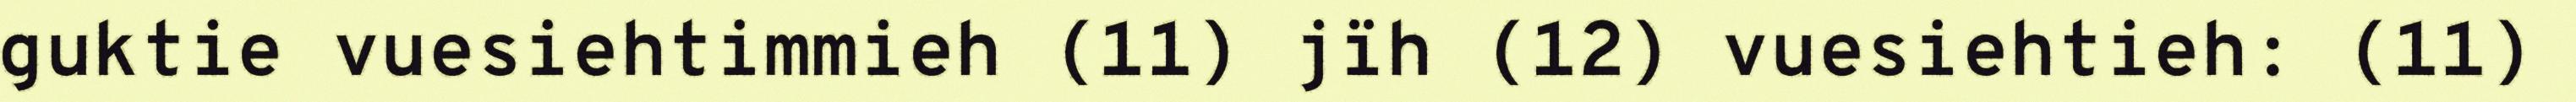
guktie vuesiehtimmieh (11) jïh (12) vuesiehtieh: (11)